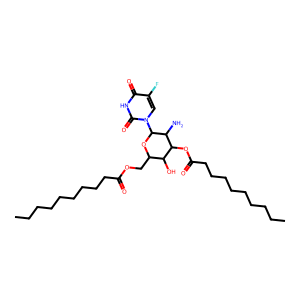
SMILES: CCCCCCCCCC(=O)OCC1OC(n2cc(F)c(=O)[nH]c2=O)C(N)C(OC(=O)CCCCCCCCC)C1O
Inhibits HIV replication: No